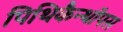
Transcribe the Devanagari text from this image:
पिथिकैन्थॉपस